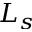
L _ { s }